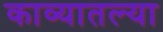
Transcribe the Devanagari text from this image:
काव्यातल्या